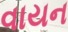
વાયન